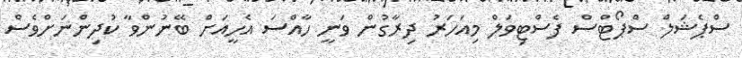
ސްޕެޝަލް ސްޕޯޓްސް ފެސްޓިވަލް މިއަހަރު ދިރާގުން ވަނީ ހާއްސަ އެހީއަށް ބޭނުންވާ ކުދިންނަށްވެސް